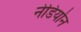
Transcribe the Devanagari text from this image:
नेडियोन